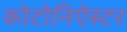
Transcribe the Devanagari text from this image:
कोटोनिऐस्टर